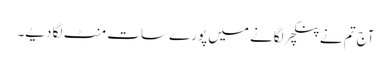
آج تم نے پنکچر لگانے میں پورے سات منٹ لگا دیے۔